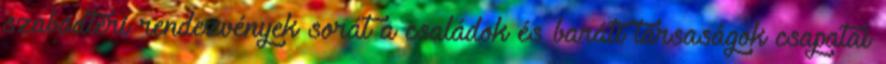
szabadtéri rendezvények sorát a családok és baráti társaságok csapatai